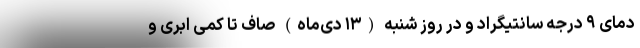
دمای ۹ درجه سانتیگراد و در روز شنبه (۱۳ دی‌ماه) صاف تا کمی ابری و